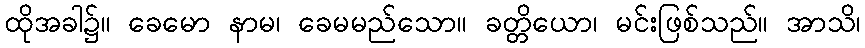
ထိုအခါ၌။ ခေမော နာမ၊ ခေမမည်သော။ ခတ္တိယော၊ မင်းဖြစ်သည်။ အာသိ၊